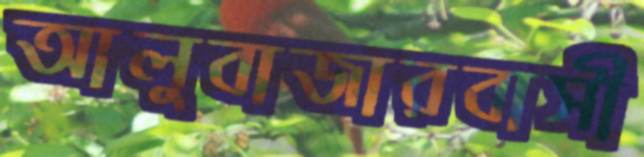
আলুবাজারবাসী